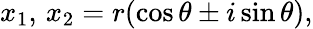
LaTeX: x_{1},\, x_{2}=r(\cos\theta\pm i\sin\theta),